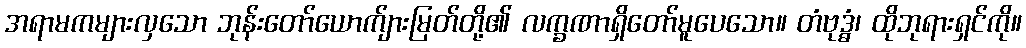
အရာမကများလှသော ဘုန်းတော်ယောက်ျားမြတ်တို့၏ လက္ခဏာရှိတော်မူပေသော။ တံဗုဒ္ဓံ၊ ထိုဘုရားရှင်ကို။